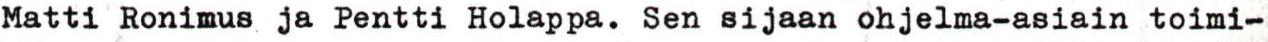
Matti Ronimus ja Pentti Holappa. Sen sijaan ohjelma-asiain toimi-